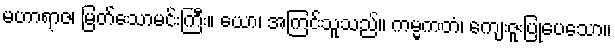
မဟာရာဇ၊ မြတ်သောမင်းကြီး။ ယော၊ အကြင်သူသည်။ ကမ္မကတံ၊ ကျေးဇူးပြုပေသော။